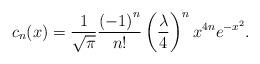
LaTeX: \begin{align*}c_n (x) = {1 \over \sqrt{\pi}} {\left( -1 \right)^n \over n!} \left( {\lambda \over 4} \right)^n x^{4n} e^{- x^2 }.\end{align*}